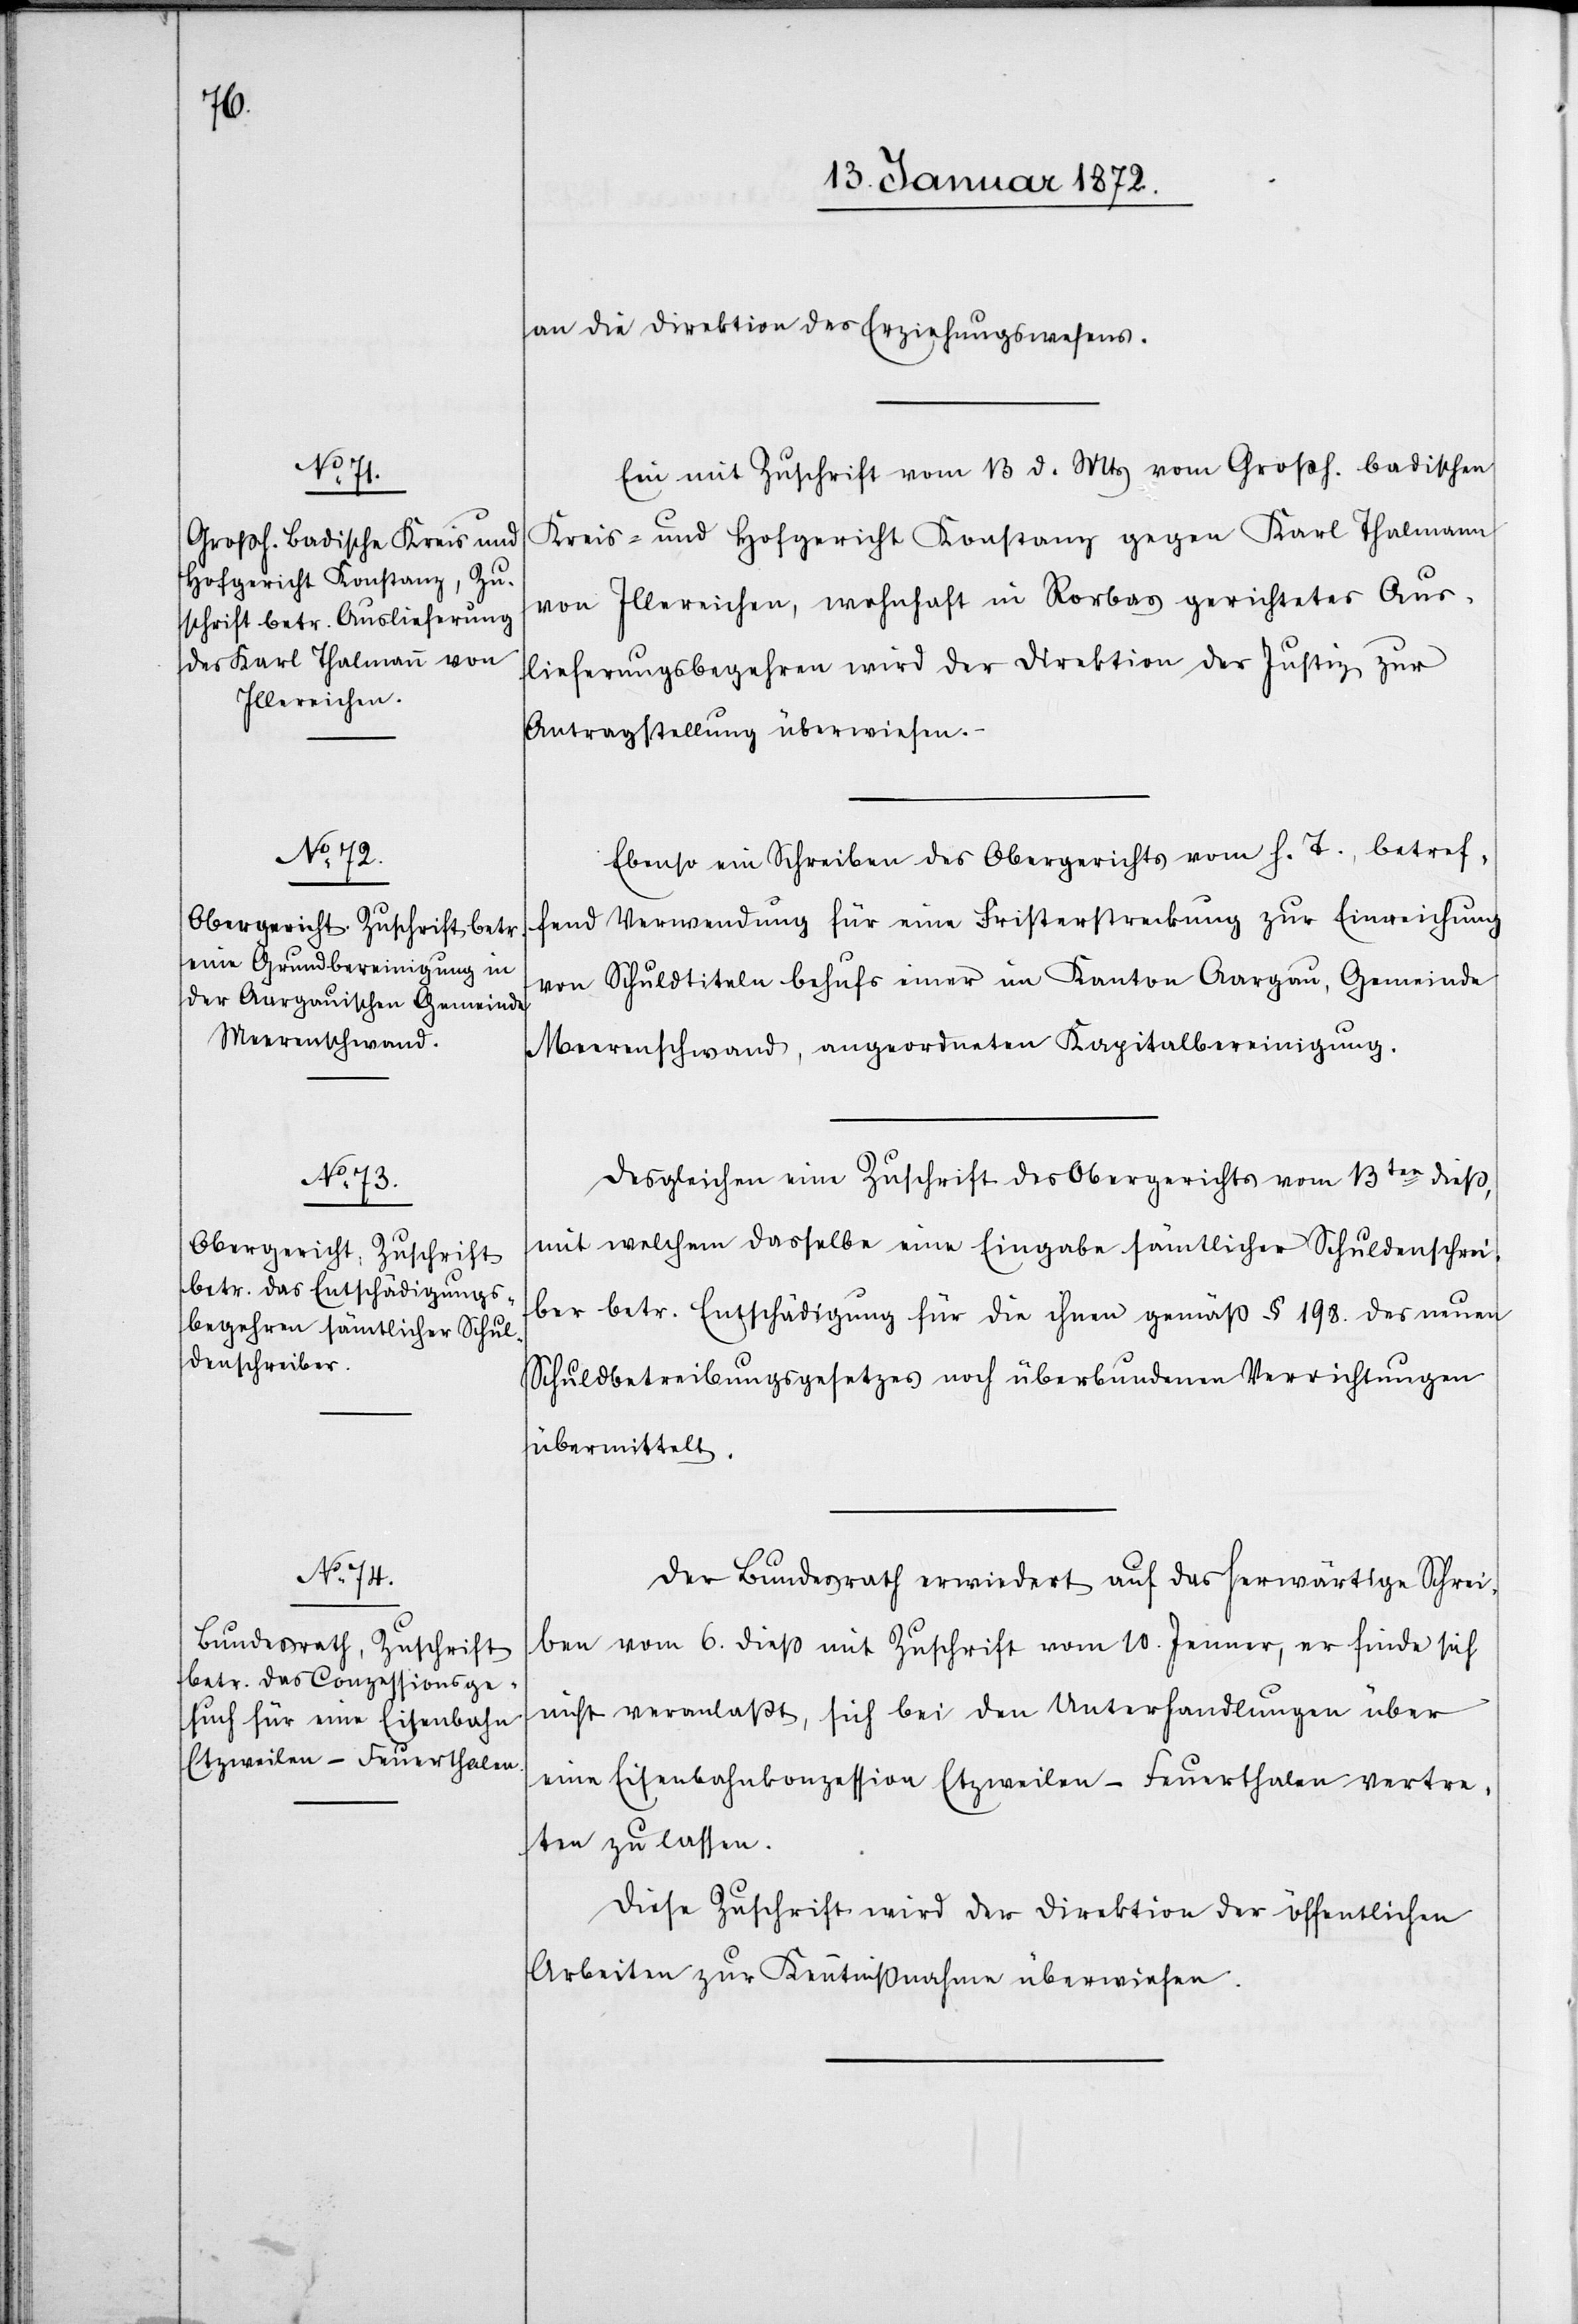
15. Januar 1872.]
an die Direktion des Erziehungswesens.
Ein mit Zuschrift vom 13. d. Mts vom Großh. badischen
Kreis- und Hofgericht Konstanz gegen Karl Thalmann
von Illereichen, wohnhaft in Rorbas gerichtetes Aus¬
lieferungsbegehren wird der Direktion der Justiz zur
Antragsstellung überwiesen.
Ebenso ein Schreiben des Obergerichts vom h. T., betref¬
fend Verwendung für eine Fristerstreckung zur Einreichung
von Schuldtiteln behufs einer im Kanton Aargau, Gemeinde
Meerenschwand, angeordneten Kapitalbereinigung.
Desgleichen eine Zuschrift des Obergerichts vom 13ten dieß,
mit welchem dasselbe eine Eingabe sämtlicher Schuldenschrei¬
ber betr. Entschädigung für die ihnen gemäß § 198. des neuen
Schuldbetreibungsgesetzes noch überbundenen Verrichtungen
übermittelt.
Der Bundesrath erwiedert auf das herwärtige Schrei¬
ben vom 6. dieß mit Zuschrift vom 10. Jenner, er finde sich
nicht veranlaßt, sich bei den Unterhandlungen über
eine Eisenbahnkonzession Etzweilen–Feuerthalen vertre¬
ten zu lassen.
Diese Zuschrift wird der Direktion der öffentlichen
Arbeiten zur Kenntnißnahme überwiesen.